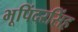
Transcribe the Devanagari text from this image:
भूपिंदरसिंह